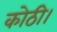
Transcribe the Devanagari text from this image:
कोठी।